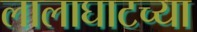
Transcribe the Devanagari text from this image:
लालाघाटच्या